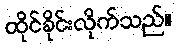
ထိုင်ခိုင်းလိုက်သည်။